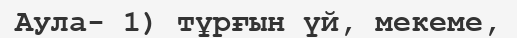
Аула- 1) тұрғын үй, мекеме,